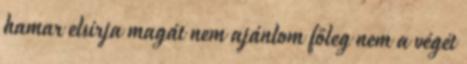
hamar elsírja magát nem ajánlom főleg nem a végét